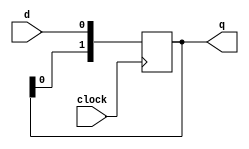
`timescale 1ns / 1ps
//////////////////////////////////////////////////////////////////////////////////
// Company: 
// Engineer: 
// 
// Design Name: 
// Module Name: shiftB
// Project Name: 
// Target Devices: 
// Tool Versions: 
// Description: 
// 
// Dependencies: 
// 
// Revision:
// Revision 0.01 - File Created
// Additional Comments:
// 
//////////////////////////////////////////////////////////////////////////////////


module shiftB(q,clock,d);

output [1:0] q;
input clock,d;
reg [1:0] q;

always @(posedge clock)
begin
    q[0]<=d;
    q[1]<=q[0];
end
endmodule